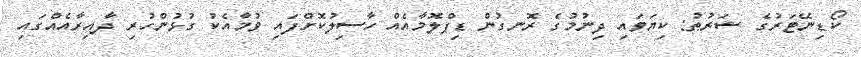
ކޯޑިނޭޓަރުގެ ޝަރުޠު: ކިޔަވައި ދިނުމުގެ ރޮނގުން ޑިޕްލޮމާއެއް ހާސިލުކޮށްފައި ވުމާއެކު ގުޅުންހުރި ދާއިރާއެއްގައި